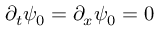
\partial _ { t } \psi _ { 0 } = \partial _ { x } \psi _ { 0 } = 0